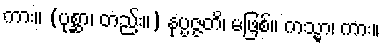
ကား။ (ပုစ္ဆာ၊ တည်း။) နုပ္ပဇ္ဇတိ၊ မဖြစ်။ ကသ္မာ၊ ကား။